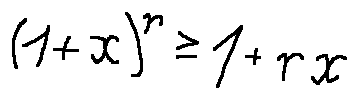
( 1 + x ) ^ { r } \geq 1 + r x